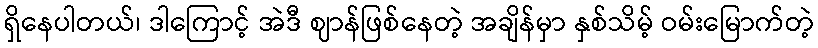
ရှိနေပါတယ်၊ ဒါကြောင့် အဲဒီ ဈာန်ဖြစ်နေတဲ့ အချိန်မှာ နှစ်သိမ့် ဝမ်းမြောက်တဲ့